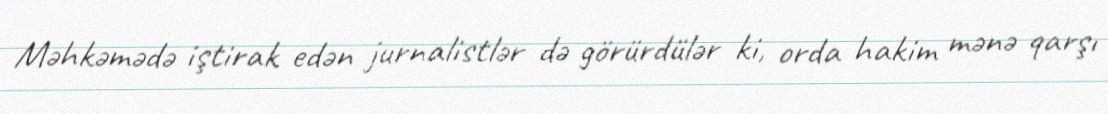
Məhkəmədə iştirak edən jurnalistlər də görürdülər ki, orda hakim mənə qarşı